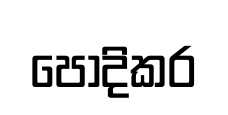
පොදිකර